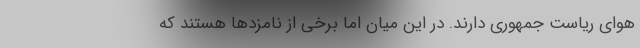
هوای ریاست جمهوری دارند. در این میان اما برخی از نامزدها هستند که